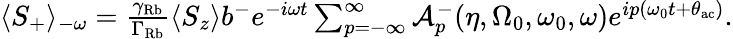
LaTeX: \begin{array}{r}{\langle S_{+}\rangle_{-\omega}=\frac{\gamma_{\mathrm{Rb}}}{\Gamma_{\mathrm{Rb}}}\langle S_{z}\rangle b^{-}e^{-i\omega t}\sum_{p=-\infty}^{\infty}\mathcal{A}_{p}^{-}(\eta,\Omega_{0},\omega_{0},\omega)e^{ip(\omega_{0}t+\theta_{\mathrm{ac}})}.}\end{array}